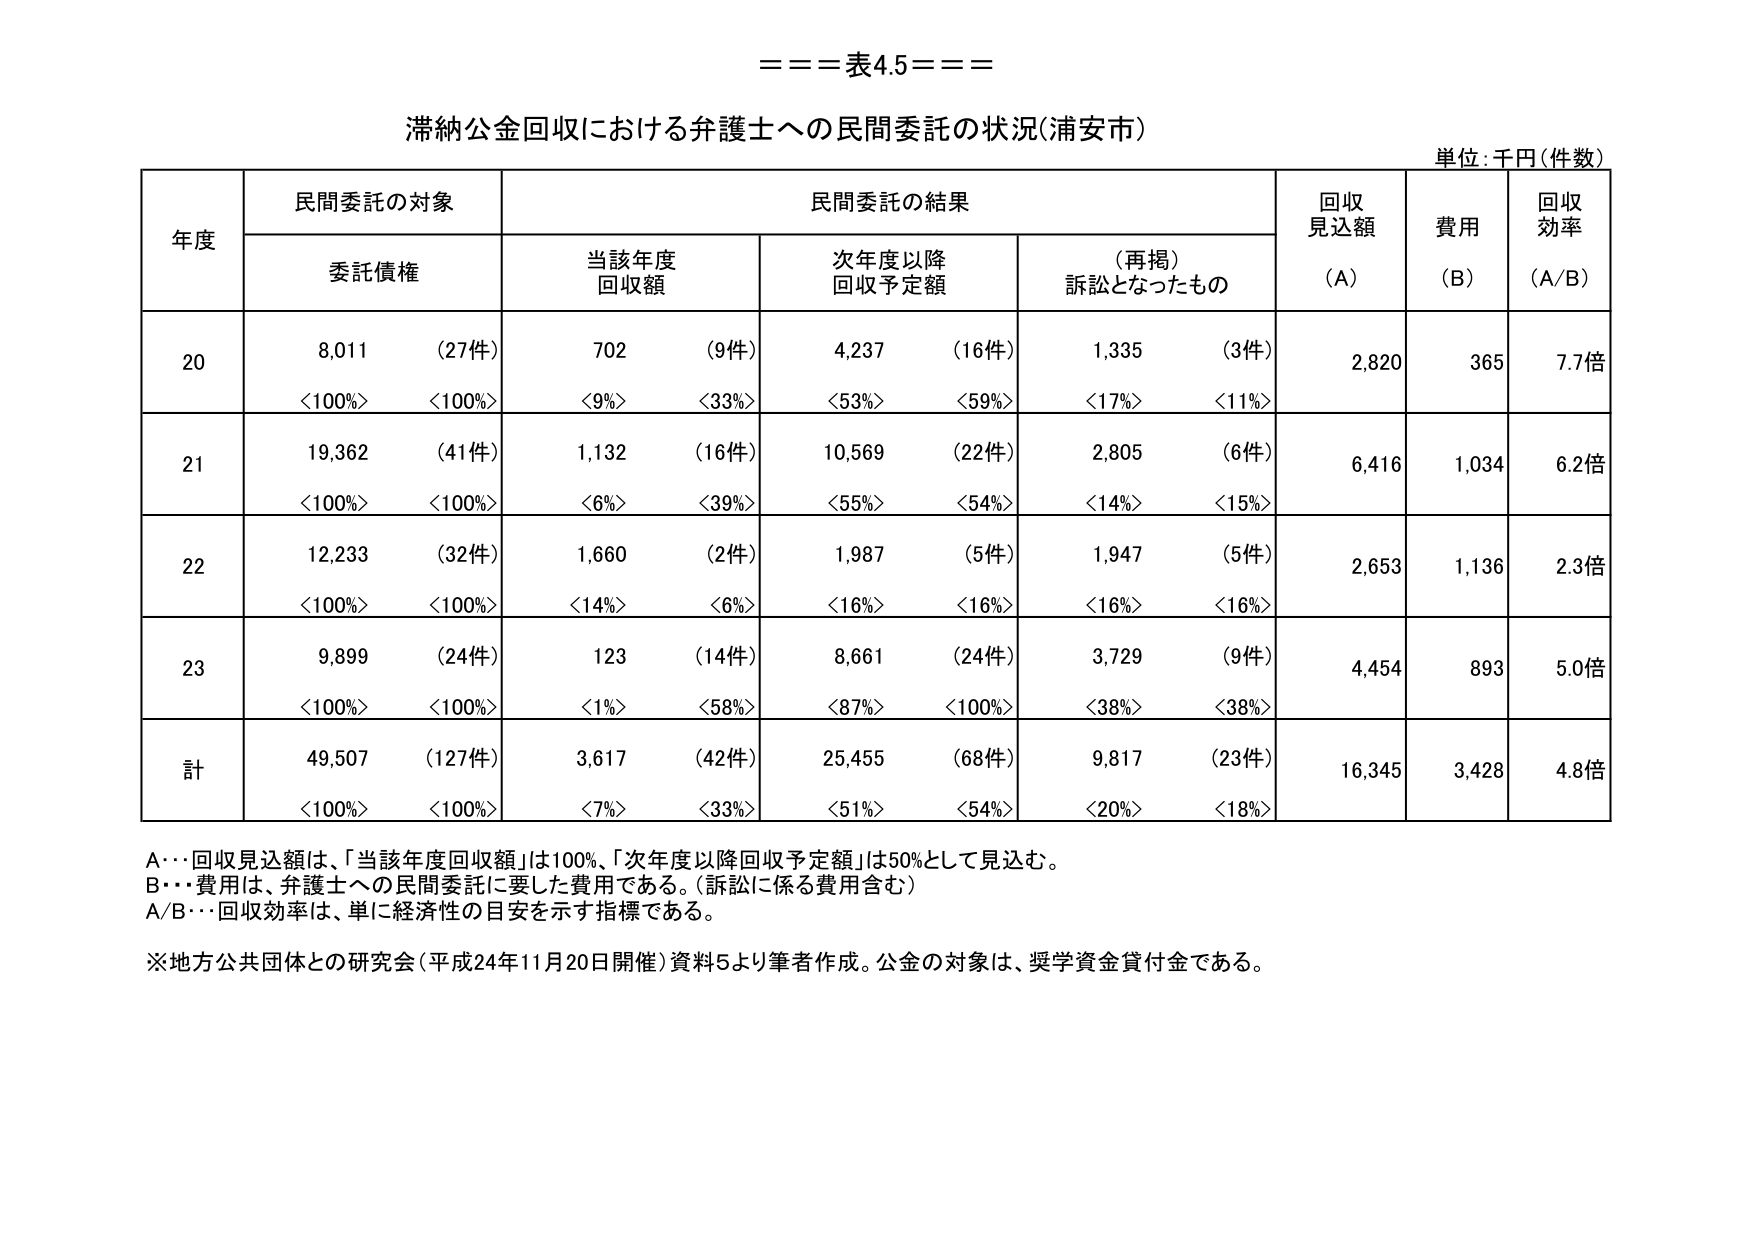
===表4.5===

滞納公金回収における弁護士への民間委託の状況（浦安市）

単位：千円（件数）

年度　　民間委託の対象　　　　　　　　　　　　　　　民間委託の結果　　　　　　　　　　　　　　　　回収見込額　　費用　　回収効率
　　　　委託債権　　　　　　　当該年度回収額　　　次年度以降回収予定額　　　（再掲）訴訟となったもの　　（A）　　（B）　　（A/B）

20　　8,011　（27件）　　　　702　　（9件）　　　　4,237　　（16件）　　　　1,335　　（3件）　　　　2,820　　365　　7.7倍
　　　＜100%＞　＜100%＞　　＜9%＞　＜33%＞　　＜53%＞　＜59%＞　　＜17%＞　＜11%＞

21　　19,362　（41件）　　　　1,132　　（16件）　　　　10,569　　（22件）　　　　2,805　　（6件）　　　　6,416　　1,034　　6.2倍
　　　＜100%＞　＜100%＞　　＜6%＞　＜39%＞　　＜55%＞　＜54%＞　　＜14%＞　＜15%＞

22　　12,233　（32件）　　　　1,660　　（2件）　　　　1,987　　（5件）　　　　1,947　　（5件）　　　　2,653　　1,136　　2.3倍
　　　＜100%＞　＜100%＞　　＜14%＞　＜6%＞　　＜16%＞　＜16%＞　　＜16%＞　＜16%＞

23　　9,899　（24件）　　　　123　　（14件）　　　　8,661　　（24件）　　　　3,729　　（9件）　　　　4,454　　893　　5.0倍
　　　＜100%＞　＜100%＞　　＜1%＞　＜58%＞　　＜87%＞　＜100%＞　　＜38%＞　＜38%＞

計　　49,507　（127件）　　　　3,617　　（42件）　　　　25,455　　（68件）　　　　9,817　　（23件）　　　　16,345　　3,428　　4.8倍
　　　＜100%＞　＜100%＞　　＜7%＞　＜33%＞　　＜51%＞　＜54%＞　　＜20%＞　＜18%＞

A…回収見込額は、「当該年度回収額」は100%、「次年度以降回収予定額」は50%として見込む。
B…費用は、弁護士への民間委託に要した費用である。（訴訟に係る費用含む）
A/B…回収効率は、単に経済性の目安を示す指標である。

※地方公共団体との研究会（平成24年11月20日開催）資料5より筆者作成。公金の対象は、奨学資金貸付金である。